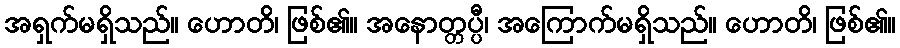
အရှက်မရှိသည်။ ဟောတိ၊ ဖြစ်၏။ အနောတ္တပ္ပီ၊ အကြောက်မရှိသည်။ ဟောတိ၊ ဖြစ်၏။